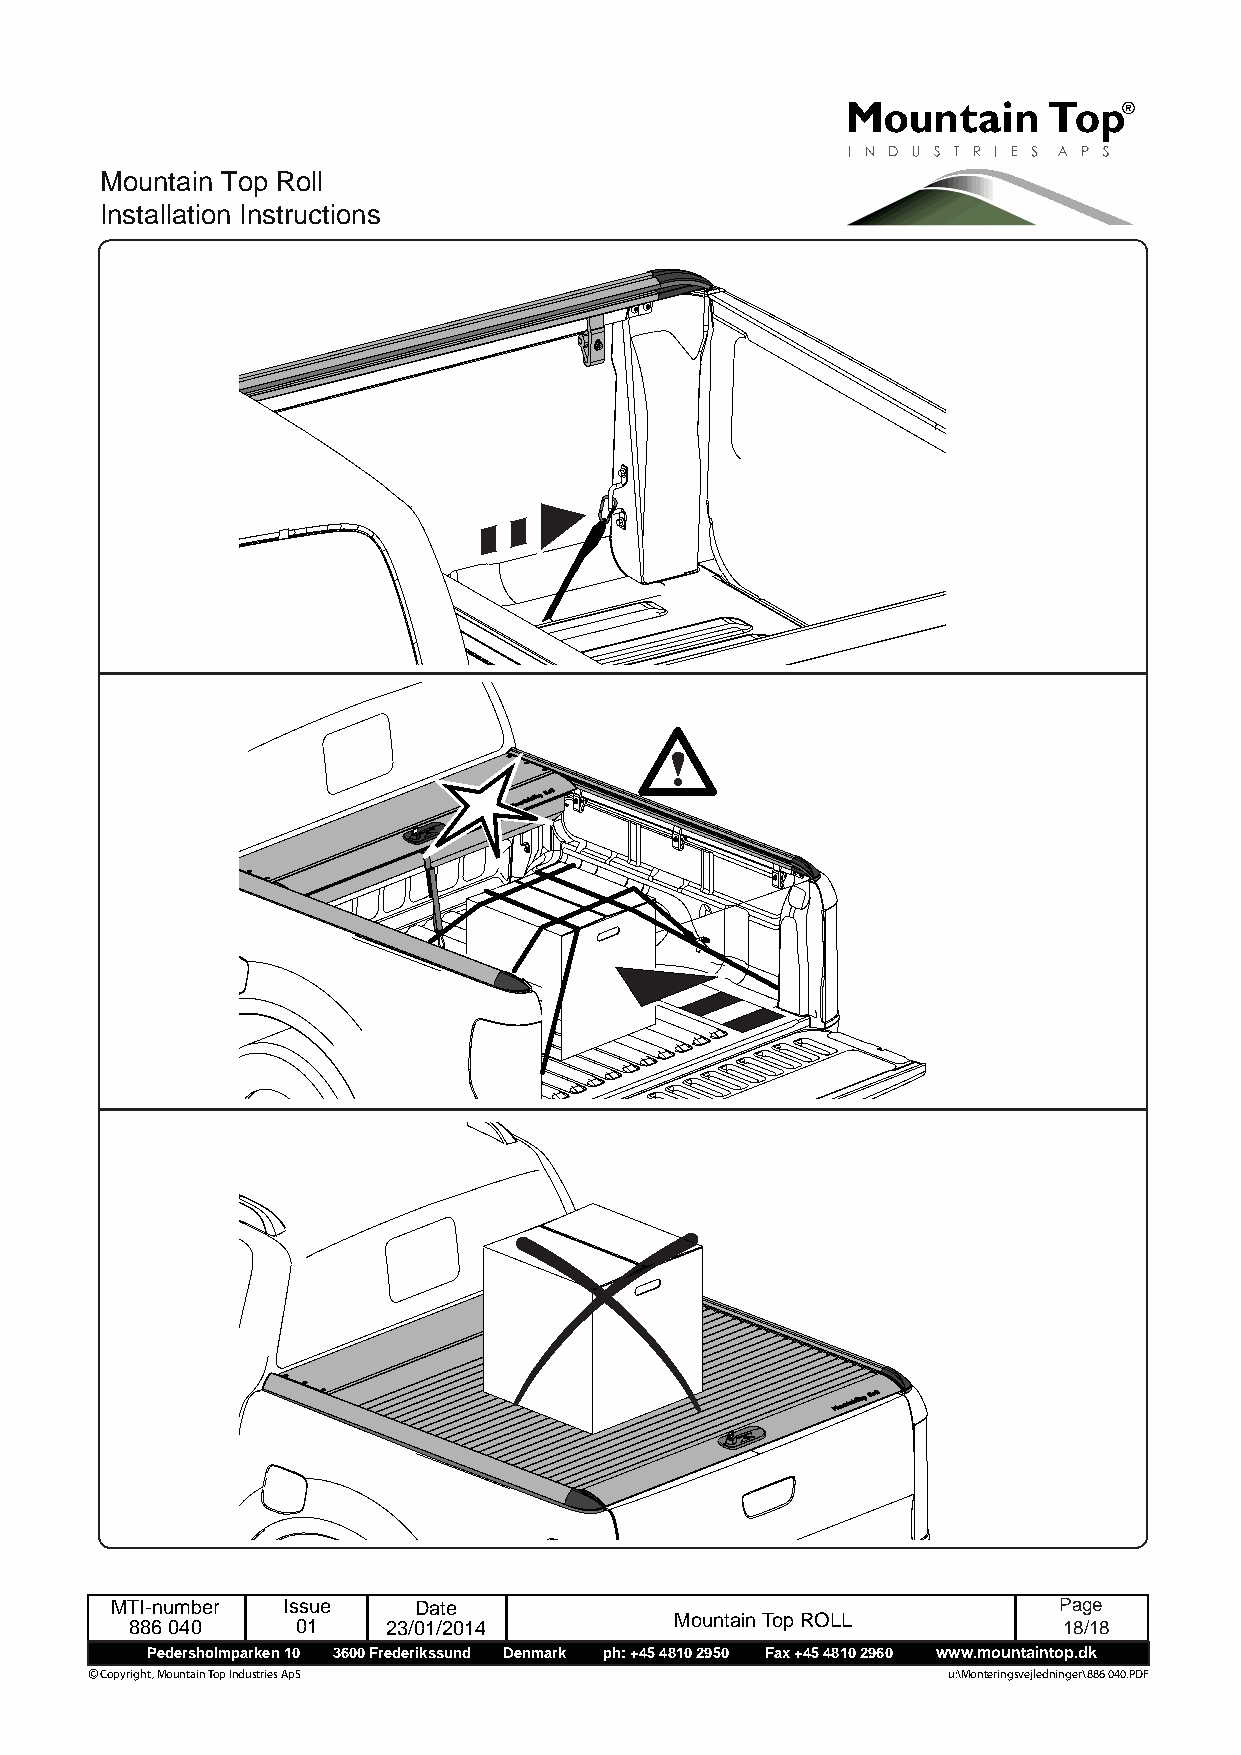
Mountain Top Roll
 Installation Instructions
 MTI-number  Issue   Date                                       Page
 886 040    01    23/01/2014         Mountain Top ROLL        1 8 /18
 Pedersholmparken 10 3600 Frederikssund Denmark ph: +45 4810 2950 Fax +45 4810 2960 www.mountaintop.dk
 © Copyright, Mountain Top Industries ApS                 u:\Monteringsvejledninger\886 040.PDF